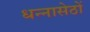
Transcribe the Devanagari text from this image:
धन्नासेठों